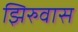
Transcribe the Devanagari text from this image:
झिरुवास